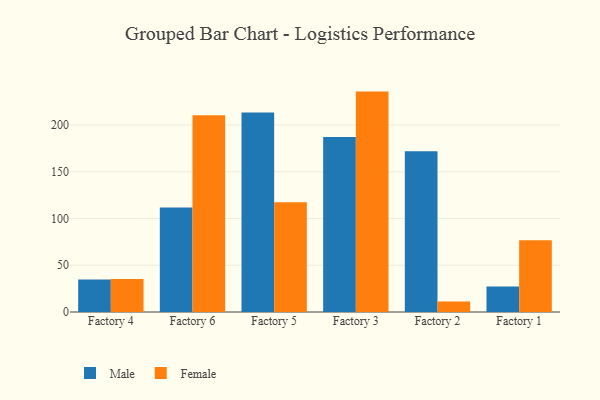
{"axis": {"x": "Factory", "y": "Temperature (°C)"}, "legend": ["Female", "Male"], "data": [{"x": "Factory 4", "y": 34.7, "type": "Male"}, {"x": "Factory 4", "y": 35.2, "type": "Female"}, {"x": "Factory 6", "y": 111.8, "type": "Male"}, {"x": "Factory 6", "y": 210.5, "type": "Female"}, {"x": "Factory 5", "y": 213.5, "type": "Male"}, {"x": "Factory 5", "y": 117.3, "type": "Female"}, {"x": "Factory 3", "y": 187.2, "type": "Male"}, {"x": "Factory 3", "y": 235.8, "type": "Female"}, {"x": "Factory 2", "y": 172.0, "type": "Male"}, {"x": "Factory 2", "y": 11.1, "type": "Female"}, {"x": "Factory 1", "y": 27.4, "type": "Male"}, {"x": "Factory 1", "y": 76.8, "type": "Female"}]}